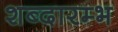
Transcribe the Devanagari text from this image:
शब्दारम्भ